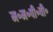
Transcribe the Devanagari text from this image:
म॰म॰पी॰वी॰